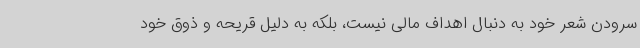
سرودن شعر خود به دنبال اهداف مالی نیست، بلکه به دلیل قریحه و ذوق خود